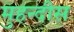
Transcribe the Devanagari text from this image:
मुहन्दीस